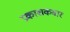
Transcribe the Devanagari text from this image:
प्रकाशकवार